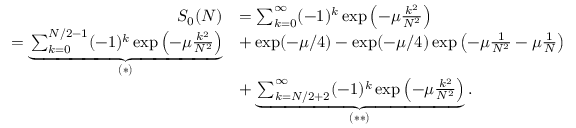
\begin{array} { r l } { S _ { 0 } ( N ) } & { = \sum _ { k = 0 } ^ { \infty } ( - 1 ) ^ { k } \exp \left( - \mu \frac { k ^ { 2 } } { N ^ { 2 } } \right) } \\ { = \underbrace { \sum _ { k = 0 } ^ { N / 2 - 1 } ( - 1 ) ^ { k } \exp \left( - \mu \frac { k ^ { 2 } } { N ^ { 2 } } \right) } _ { ( * ) } } & { + \exp ( - \mu / 4 ) - \exp ( - \mu / 4 ) \exp \left( - \mu \frac { 1 } { N ^ { 2 } } - \mu \frac { 1 } { N } \right) } \\ & { + \underbrace { \sum _ { k = N / 2 + 2 } ^ { \infty } ( - 1 ) ^ { k } \exp \left( - \mu \frac { k ^ { 2 } } { N ^ { 2 } } \right) } _ { ( * * ) } . } \end{array}